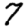
Digit: 7